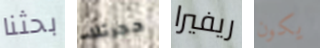
بحثنا حجرتك ريفيرا يكون